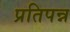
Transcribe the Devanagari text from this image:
प्रतिपन्न